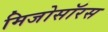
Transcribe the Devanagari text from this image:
मिजोसॉरस